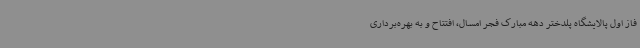
فاز اول پالایشگاه پلدختر دهه مبارک فجر امسال، افتتاح و به بهره‌برداری